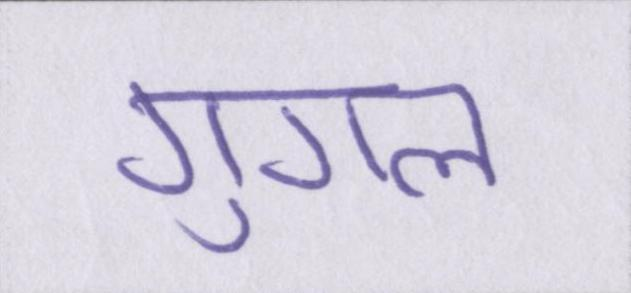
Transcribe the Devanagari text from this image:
गुगल